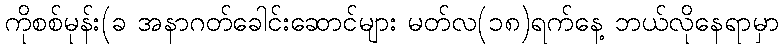
ကိုစစ်မုန်း(ခ အနာဂတ်ခေါင်းဆောင်များ မတ်လ(၁၈)ရက်နေ့ ဘယ်လိုနေရာမှာ